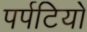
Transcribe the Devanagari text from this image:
पर्पटियो